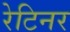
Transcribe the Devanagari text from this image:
रेटिनर